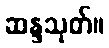
ဆန္ဒသုတ်။